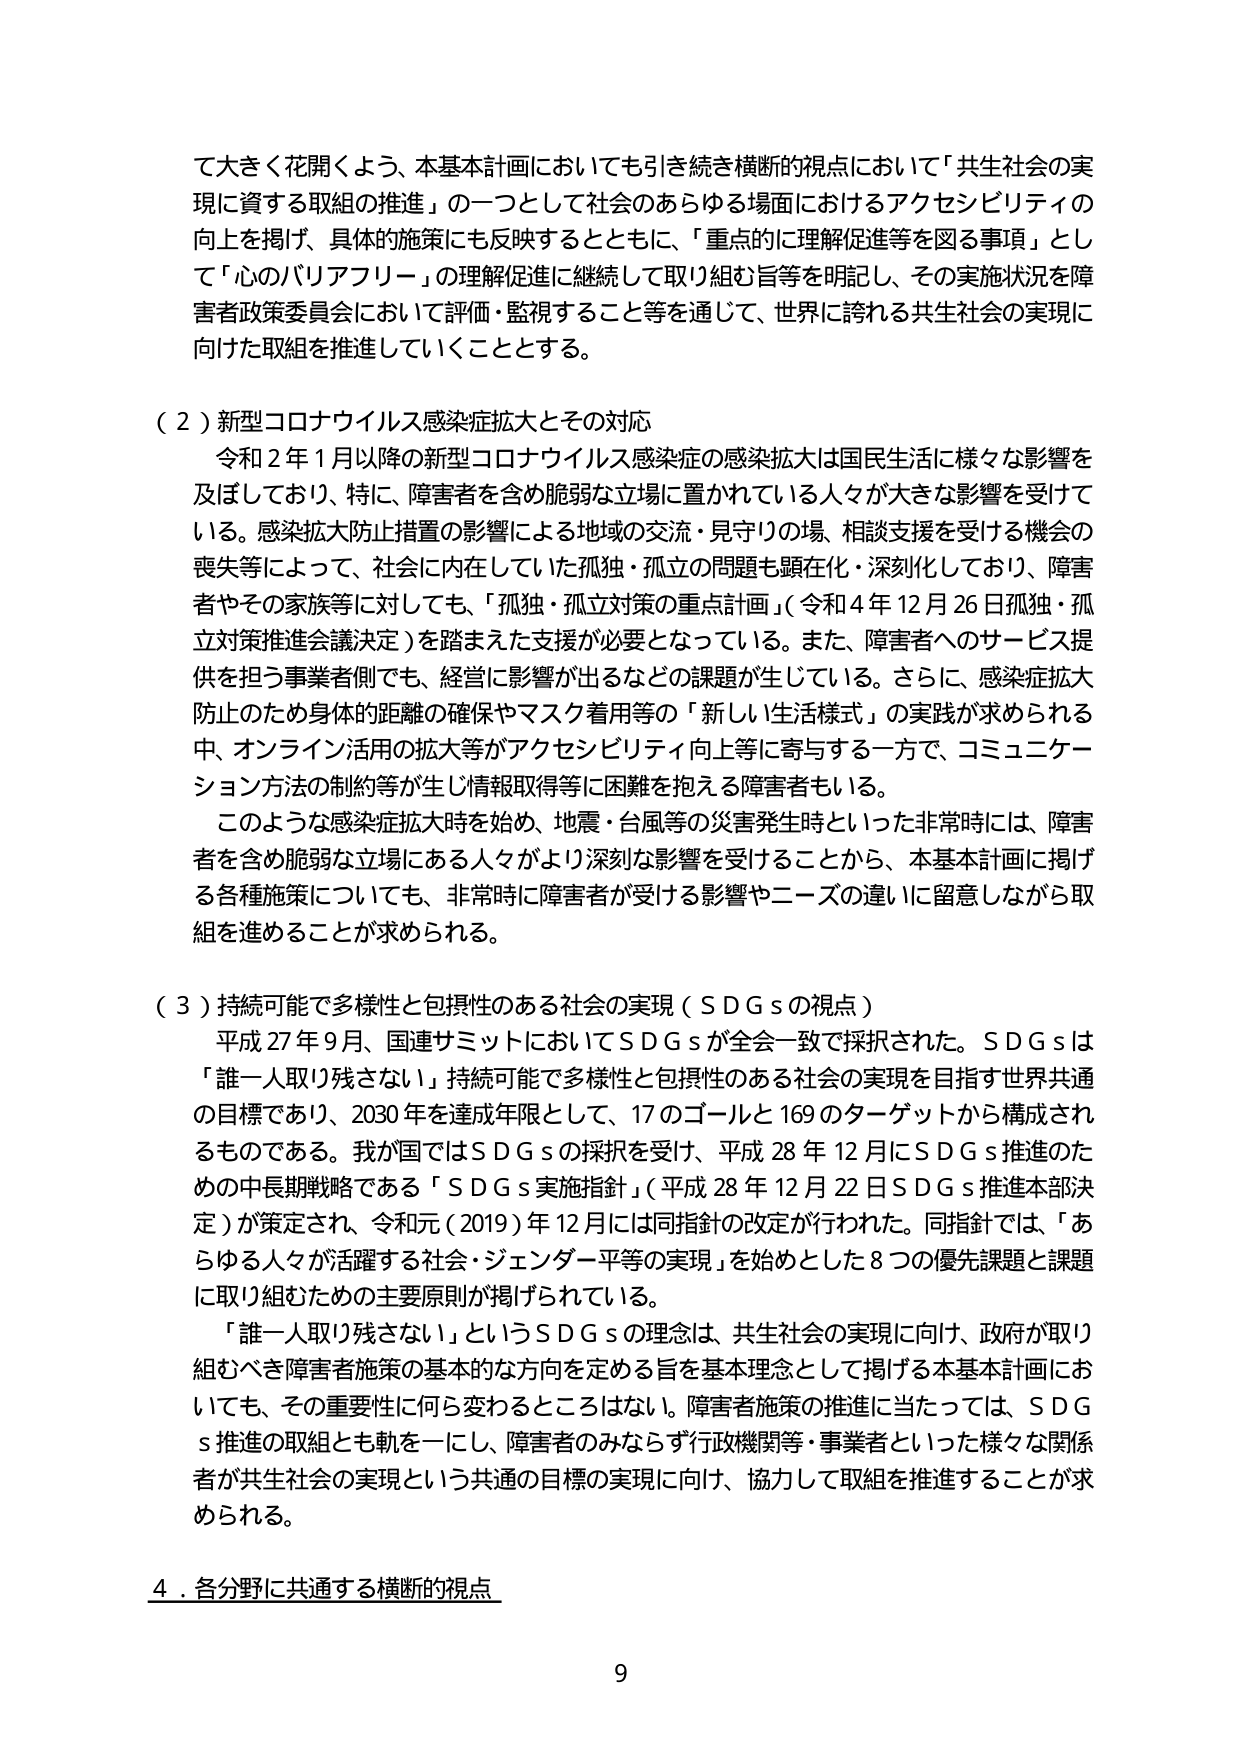
て大きく花開くよう、本基本計画においても引き続き横断的視点において「共生社会の実現に資する取組の推進」の一つとして社会のあらゆる場面におけるアクセシビリティの向上を掲げ、具体的施策にも反映するとともに、「重点的に理解促進等を図る事項」として「心のバリアフリー」の理解促進に継続して取り組む旨等を明記し、その実施状況を障害者政策委員会において評価・監視すること等を通じて、世界に誇れる共生社会の実現に向けた取組を推進していくこととする。

（２）新型コロナウイルス感染症拡大とその対応
　令和２年１月以降の新型コロナウイルス感染症の感染拡大は国民生活に様々な影響を及ぼしており、特に、障害者を含め脆弱な立場に置かれている人々が大きな影響を受けている。感染拡大防止措置の影響による地域の交流・見守りの場、相談支援を受ける機会の喪失等によって、社会に内在していた孤独・孤立の問題も顕在化・深刻化しており、障害者やその家族等に対しても、「孤独・孤立対策の重点計画」（令和４年12月26日孤独・孤立対策推進会議決定）を踏まえた支援が必要となっている。また、障害者へのサービス提供を担う事業者側でも、経営に影響が出るなどの課題が生じている。さらに、感染症拡大防止のため身体的距離の確保やマスク着用等の「新しい生活様式」の実践が求められる中、オンライン活用の拡大等がアクセシビリティ向上等に寄与する一方で、コミュニケーション方法の制約等が生じ情報取得等に困難を抱える障害者もいる。
　このような感染症拡大時を始め、地震・台風等の災害発生時といった非常時には、障害者を含め脆弱な立場にある人々がより深刻な影響を受けることから、本基本計画に掲げる各種施策についても、非常時に障害者が受ける影響やニーズの違いに留意しながら取組を進めることが求められる。

（３）持続可能で多様性と包摂性のある社会の実現（ＳＤＧｓの視点）
　平成27年9月、国連サミットにおいてＳＤＧｓが全会一致で採択された。ＳＤＧｓは「誰一人取り残さない」持続可能で多様性と包摂性のある社会の実現を目指す世界共通の目標であり、2030年を達成年限として、17のゴールと169のターゲットから構成されるものである。我が国ではＳＤＧｓの採択を受け、平成28年12月にＳＤＧｓ推進のための中長期戦略である「ＳＤＧｓ実施指針」（平成28年12月22日ＳＤＧｓ推進本部決定）が策定され、令和元（2019）年12月には同指針の改定が行われた。同指針では、「あらゆる人々が活躍する社会・ジェンダー平等の実現」を始めとした8つの優先課題と課題に取り組むための主要原則が掲げられている。
　「誰一人取り残さない」というＳＤＧｓの理念は、共生社会の実現に向け、政府が取り組むべき障害者施策の基本的な方向を定める旨を基本理念として掲げる本基本計画においても、その重要性に何ら変わるところはない。障害者施策の推進に当たっては、ＳＤＧｓ推進の取組とも軌を一にし、障害者のみならず行政機関等・事業者といった様々な関係者が共生社会の実現という共通の目標の実現に向け、協力して取組を推進することが求められる。

４．各分野に共通する横断的視点

9